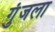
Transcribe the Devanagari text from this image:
गुंजला